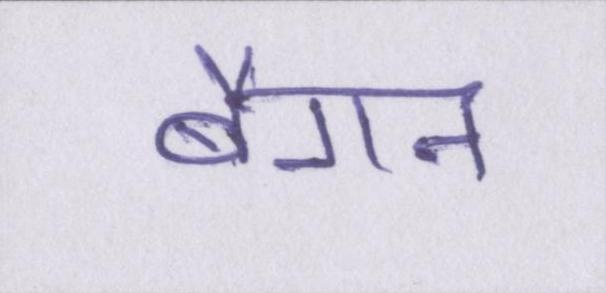
बैंगन